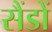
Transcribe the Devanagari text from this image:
सैंडों